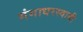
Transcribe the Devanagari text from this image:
गंगाधरस्वामी